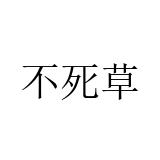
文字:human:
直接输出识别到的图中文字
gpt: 不死草